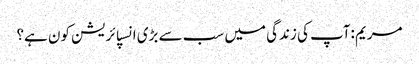
مریم :آپ کی زندگی میں سب سے بڑی انسپائریشن کون ہے؟